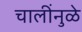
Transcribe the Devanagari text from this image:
चालींनुळे